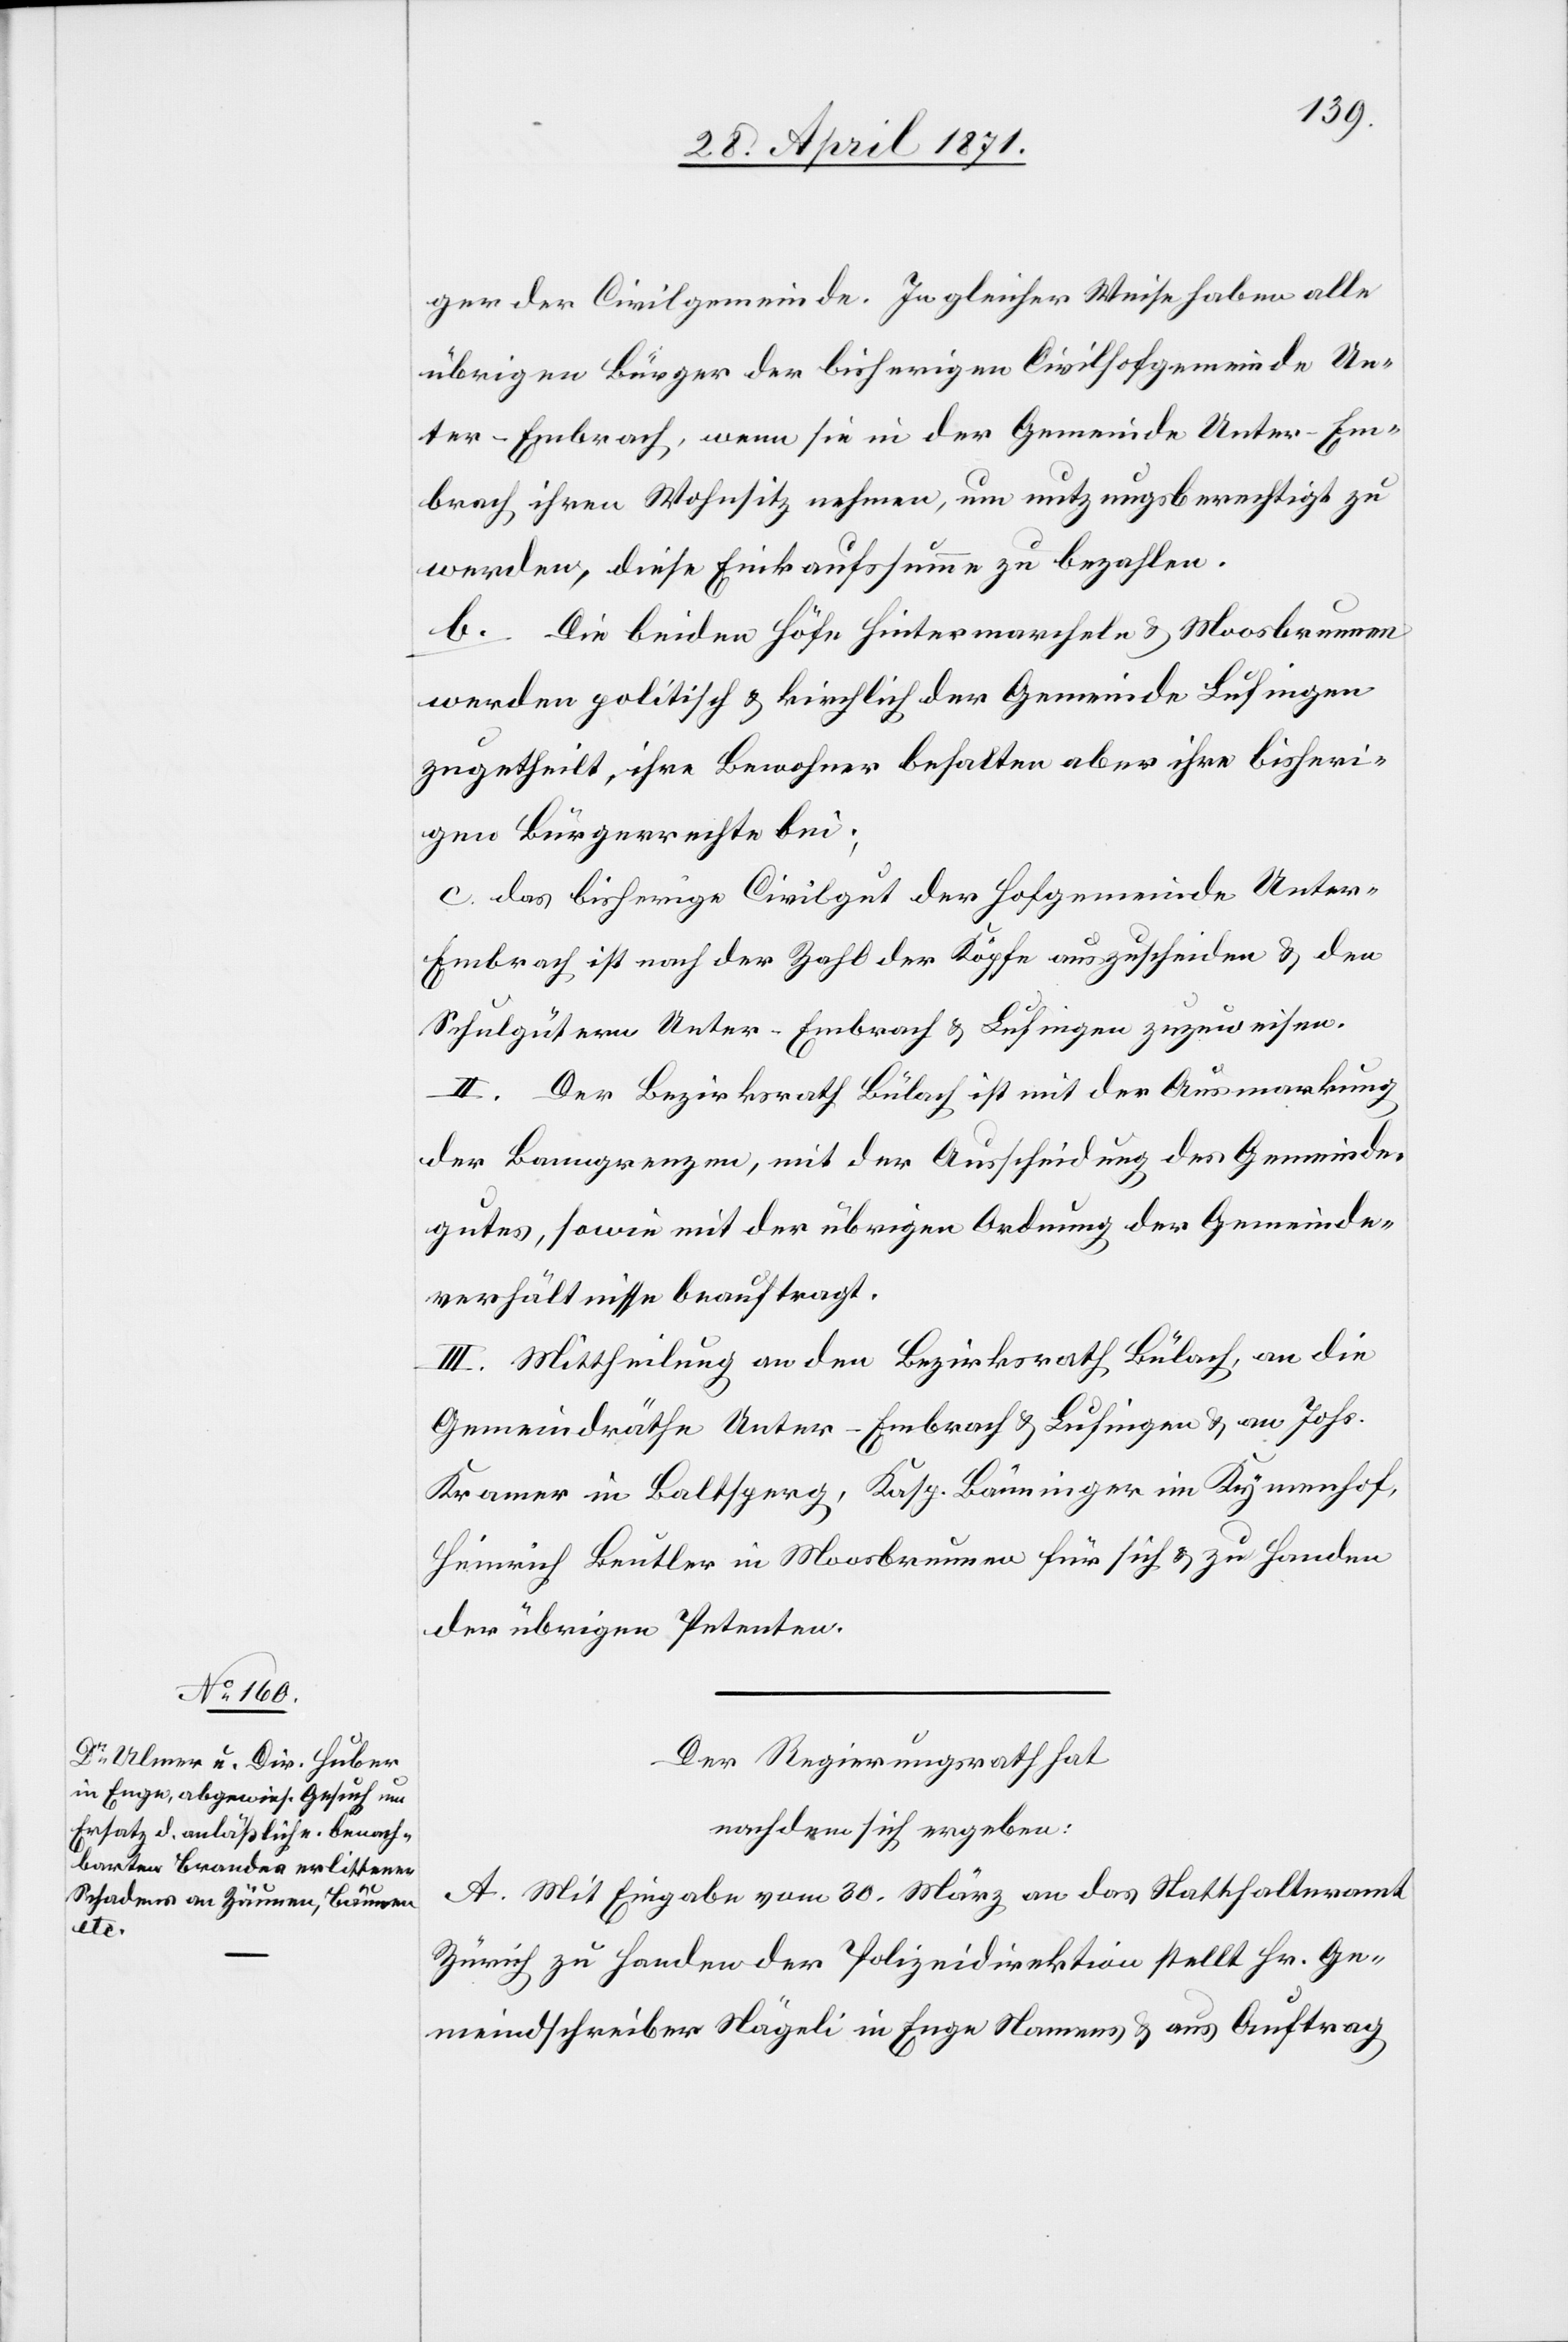
ger der Civilgemeinde. In gleicher Weise haben alle
übrigen Bürger der bisherigen Civilhofgemeinde Un¬
ter-Embrach, wenn sie in der Gemeinde Unter-Em¬
brach ihren Wohnsitz nehmen, um nutzungsberechtigt zu
werden, diese Einkaufssumme zu bezahlen.
b. Die beiden Höfe Hintermarcheln u. Moosbrunnen
werden politisch u. kirchlich der Gemeinde Lufingen
zugetheilt, ihre Bewohner behalten aber ihre bisheri¬
gen Bürgerrechte bei;
c. das bisherige Civilgut der Hofgemeinde Unte¬
r-Embrach ist nach der Zahl der Köpfe auszuscheiden u. den
Schulgütern Unter-Embrach u. Lufingen zuzuweisen.
II. Der Bezirksrath Bülach ist mit der Ausmarkung
der Banngrenze, mit der Ausscheidung des Gemeinde¬
gutes, sowie mit der übrigen Ordnung der Gemeinde¬
verhältnisse beauftragt.
III. Mittheilung an den Bezirksrath Bülach, an die
Gemeindräthe Unter-Embrach u. Lufingen u. an Johs.
Kramer in Baltsperg, Kasp. Bänninger in Kymenhof,
Heinrich Beutler in Moosbrunnen für sich u. zu Handen
der übrigen Petenten.
Der Regierungsrath hat
nachdem sich ergeben:
A. Mit Eingabe vom 30. März an das Statthalteramt
Zürich zu Handen der Polizeidirektion stellt Hr. Ge¬
meindschreiber Nägeli in Enge Namens u. aus Auftrag